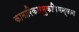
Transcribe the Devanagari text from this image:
कामारिकार्मुकविभन्जन